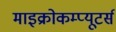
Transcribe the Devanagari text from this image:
माइक्रोकम्प्यूटर्स